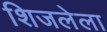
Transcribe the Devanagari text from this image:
शिजलेला